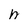
Character: h